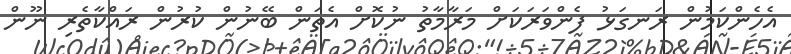
އެހެންކަމުން ރަނގަޅު ފެންވަރަކަށް މަރާމާތު ނުކޮށް އެތަން ބޭނުން ކުރުން ރައްކާތެރި ނޫން